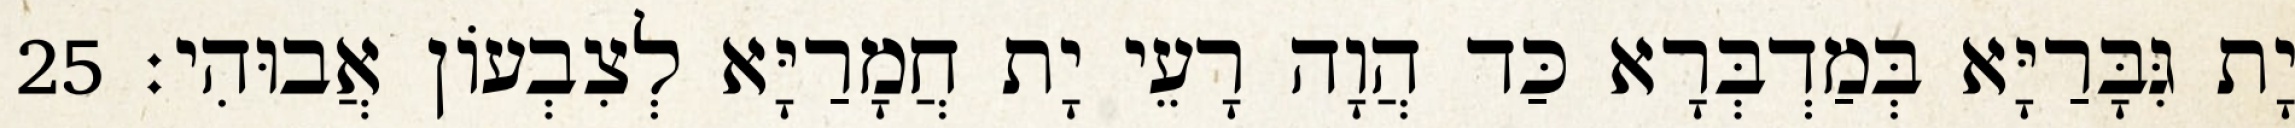
יָת גִּבָּרַיָּא בְּמַדְבְּרָא כַּד הֲוָה רָעֵי יָת חֲמָרַיָּא לְצִבְעוֹן אֲבוּהִי׃ 25